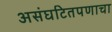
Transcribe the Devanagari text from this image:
असंघटितपणाचा